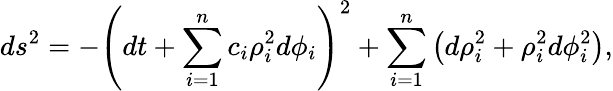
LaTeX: ds^{2}=-\left(dt+\sum_{i=1}^{n}c_{i}\rho_{i}^{2}d\phi_{i}\right)^{2}+\sum_{i=1}^{n}\left(d\rho_{i}^{2}+\rho_{i}^{2}d\phi_{i}^{2}\right),